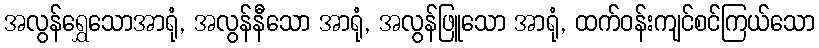
အလွန်ရွှေသောအာရုံ, အလွန်နီသော အာရုံ, အလွန်ဖြူသော အာရုံ, ထက်ဝန်းကျင်စင်ကြယ်သော